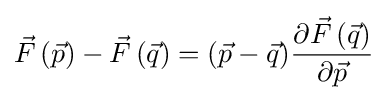
{\vec {F}}\,({\vec {p}})-{\vec {F}}\,({\vec {q}})=({\vec {p}}-{\vec {q}}){\frac {\partial {\vec {F}}\,({\vec {q}})}{\partial {\vec {p}}}}